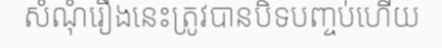
សំណុំរឿងនេះត្រូវបានបិទបញ្ចប់ហើយ